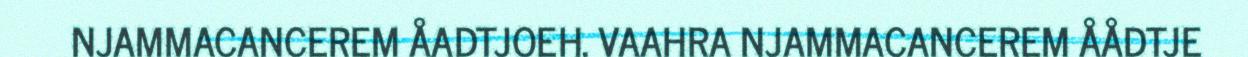
NJAMMACANCEREM ÅADTJOEH. VAAHRA NJAMMACANCEREM ÅÅDTJE